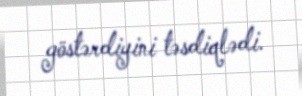
göstərdiyini təsdiqlədi.